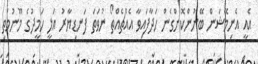
އެއީ އެނިމޭޝަން ބޭނުންކޮށްގެން ހަދާފައިވާ އެއްޗެއްތޯ ނުވަތަ ފަނޑިޔާރު އަލީ ހަމީދުގެ މޫނުމަތި